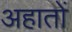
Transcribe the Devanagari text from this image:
अहातों